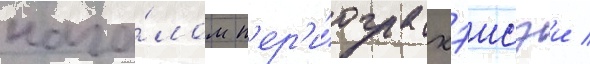
нача́лом п'ер'и́ода хэисэи /